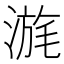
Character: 𣹪